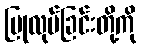
ပြုလုပ်ခြင်းတို့ကို